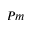
P m